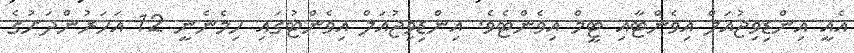
އެއީ އިންޑިވިޖުއަލް އިވެންޓާއި ޓީމް އިވެންޓެވެ. އިންޑިވިޖުއަލް އިވެންޓުގައި ހިމެނެނީ 12 އަހަރުންދަށުގެ